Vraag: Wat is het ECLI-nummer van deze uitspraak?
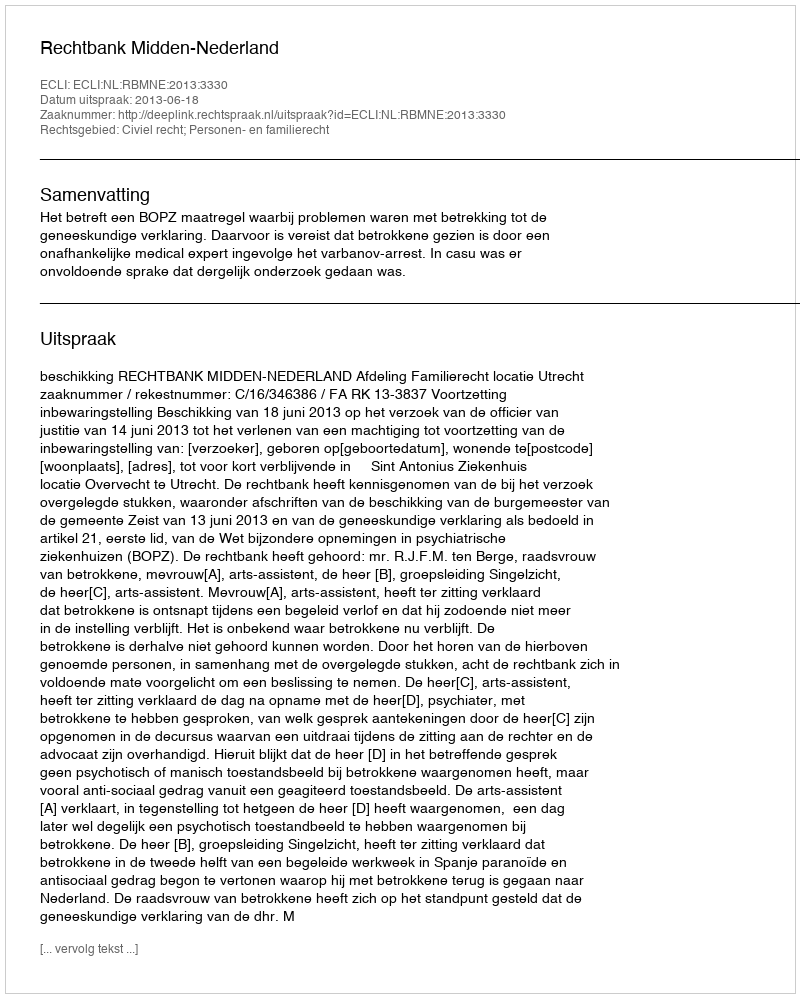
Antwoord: ECLI:NL:RBMNE:2013:3330